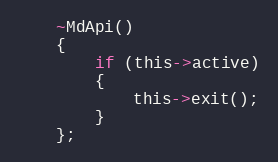
Language: C
    ~MdApi()
    {
        if (this->active)
        {
            this->exit();
        }
    };